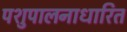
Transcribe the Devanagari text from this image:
पशुपालनाधारित